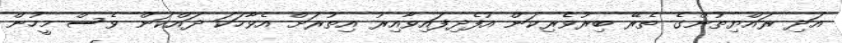
އަދި ރައްޔިތުންގެ ތެރޭ ބިރުވެރިކަން އުފެދިފައިވާއިރު އިތުރަށް އެވާހަކަ ދައްކަން ވެސް މީހުން